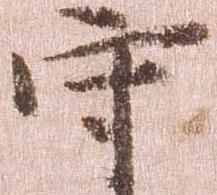
守